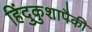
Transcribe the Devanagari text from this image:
हिंदुकुशापैकी